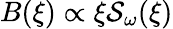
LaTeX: B(\xi)\propto\xi\mathcal{S}_{\omega}(\xi)